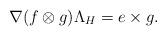
LaTeX: \begin{align*} \nabla(f\otimes g)\Lambda_H = e\times g. \end{align*}